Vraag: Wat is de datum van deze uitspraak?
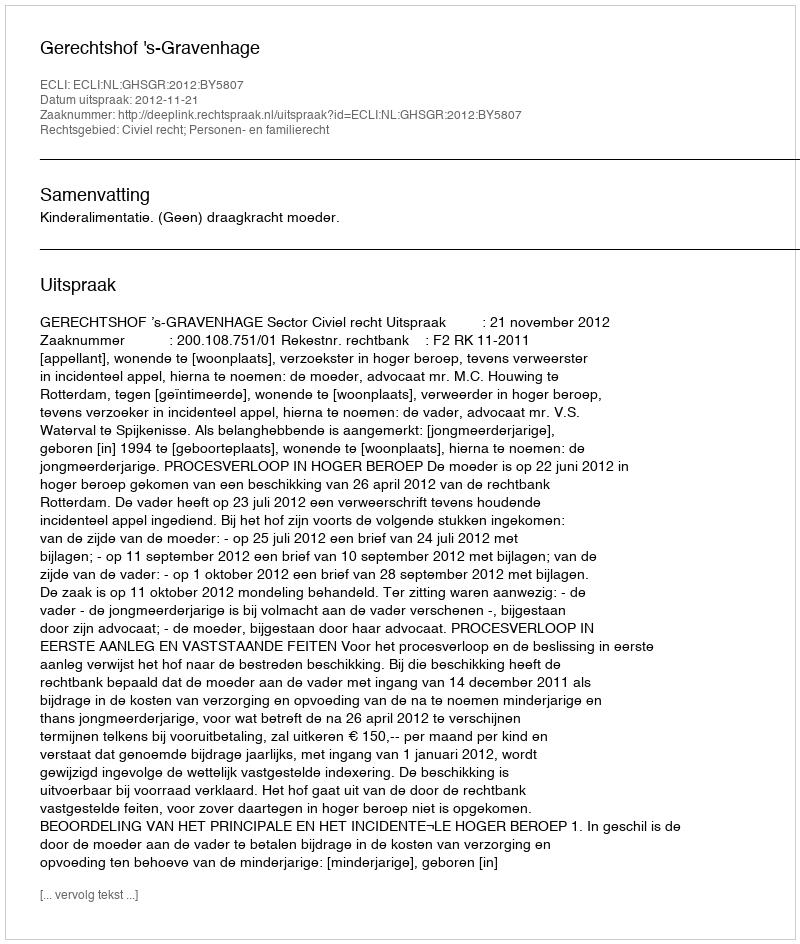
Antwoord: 2012-11-21